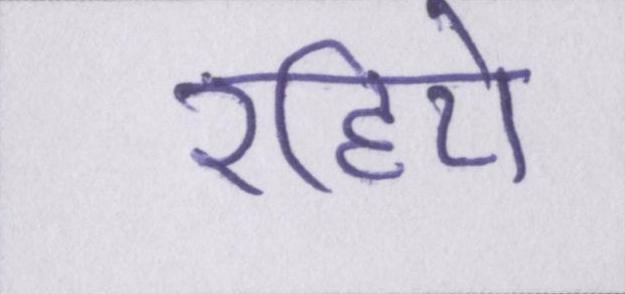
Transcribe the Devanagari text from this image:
रहिये